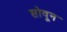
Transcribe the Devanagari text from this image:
सोवून